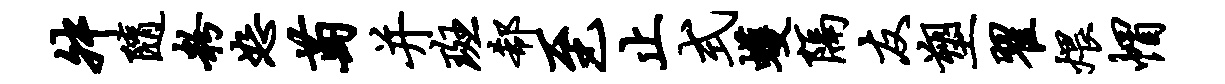
舛随粉恕萄并斑欷至止式蠖隔友塑翟煨帽